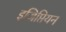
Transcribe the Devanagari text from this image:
इजिप्तियन